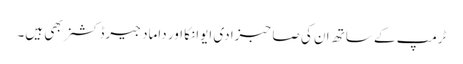
ٹرمپ کے ساتھ ان کی صاحبزادی ایوانکا اور داماد جیرڈ کشنر بھی ہیں۔